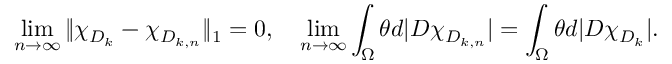
\operatorname* { l i m } _ { n \to \infty } \| \chi _ { D _ { k } } - \chi _ { D _ { k , n } } \| _ { 1 } = 0 , \quad \operatorname* { l i m } _ { n \to \infty } \int _ { \Omega } \theta d | D \chi _ { D _ { k , n } } | = \int _ { \Omega } \theta d | D \chi _ { D _ { k } } | .